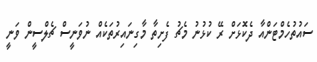
ސައުތުހެމްޓަންއާ ދެކޮޅަށް ރޭ ކުޅުނު މެޗު ފެށިތާ މާގިނައިރުތަކެއް ނުވަނީސް ޗެލްސީން ވަނީ